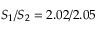
S _ { 1 } / S _ { 2 } = 2 . 0 2 / 2 . 0 5